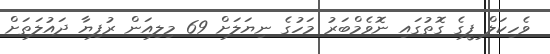
ވެހިކަލް ފީގެ ގޮތުގައި ނޮވެމްބަރު މަހުގެ ނިޔަލަށް 69 މިލިއަން ރުފިޔާ ދައުލަތަށް